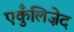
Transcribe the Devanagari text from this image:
एकुँलिज़ेद